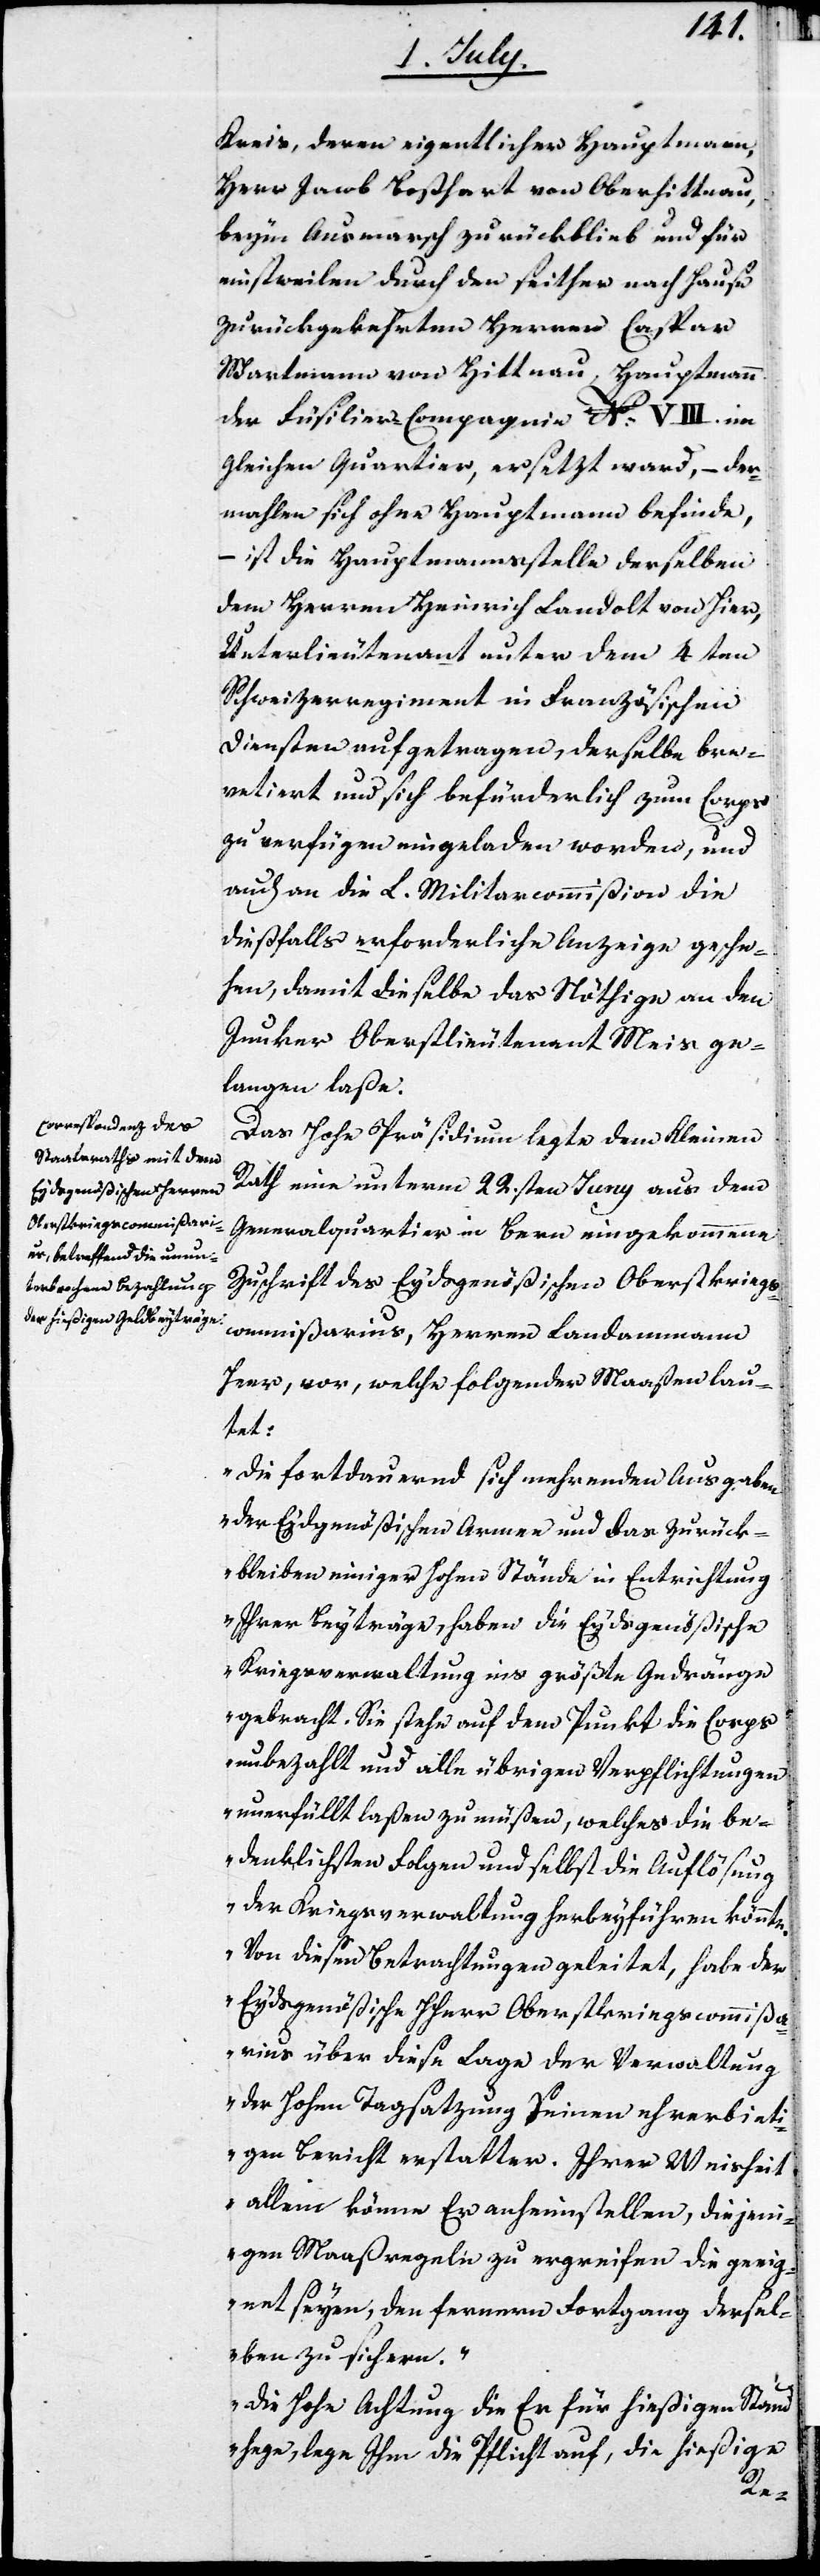
Kreis, deren eigentlicher Hauptmann,
Herr Jacob Boßhart von Oberhittnau,
beym Ausmarsch zurückblieb und für
einstweilen durch den seither nach Hause
zurückgekehrten Herren Caspar
Wartmann von Hittnau, Hauptmann
der Füsilier-Compagnie No VIII. im
gleichen Quartier, ersetzt ward, – der¬
mahlen sich ohne Hauptmann befinde,
ist die Hauptmannsstelle derselben
dem Herren Heinrich Landolt von hier,
Unterlieutenant unter dem 4ten
Schweizerregiment in Französischen
Diensten aufgetragen, derselbe bre¬
vetiert und sich befürderlich zum Corps
zu verfügen eingeladen worden, und
auch an die L. Militarcommißion die
dießfalls erforderliche Anzeige gesche¬
hen, damit dieselbe das Nöthige an den
Junker Oberstlieutenant Meis ge¬
langen laße.